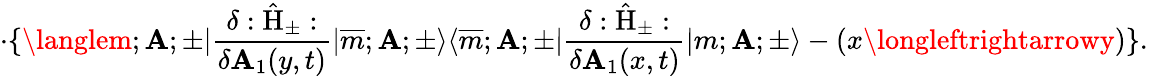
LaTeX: \cdot\{ \langlem;\mathbf{A};\pm|\frac{{\delta:\hat{{\mathrm{{H}}}}_{\pm}:}}{{\delta\mathbf{A}_{1}(y,t)}}|\overline{{{{m}}}};\mathbf{A};\pm\rangle\langle\overline{{{{m}}}};\mathbf{A};\pm|\frac{{\delta:\hat{{\mathrm{{H}}}}_{\pm}:}}{{\delta\mathbf{A}_{1}(x,t)}}|m;\mathbf{A};\pm\rangle-(x\longleftrightarrowy)\} .\,